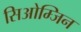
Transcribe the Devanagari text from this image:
सिओम्जिन